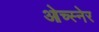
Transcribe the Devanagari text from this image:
ओच्स्नेर